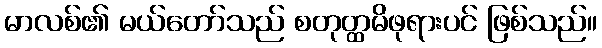
မာလစ်၏ မယ်တော်သည် စတုတ္ထမိဖုရားပင် ဖြစ်သည်။